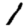
Digit: 1